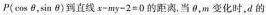
P(\cos \theta ，\sin \theta )到直线$$x-my-2=0$$的距离. 当\theta ，m变化时，d的